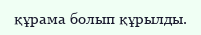
құрама болып құрылды.